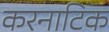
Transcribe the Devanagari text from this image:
करनाटिक